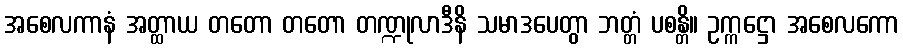
အစေလကာနံ အတ္ထာယ တတော တတော တဏ္ဍုလာဒီနိ သမာဒပေတွာ ဘတ္တံ ပစန္တိ။ ဥက္ကဋ္ဌော အစေလကော